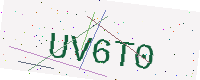
Text: UV6T0